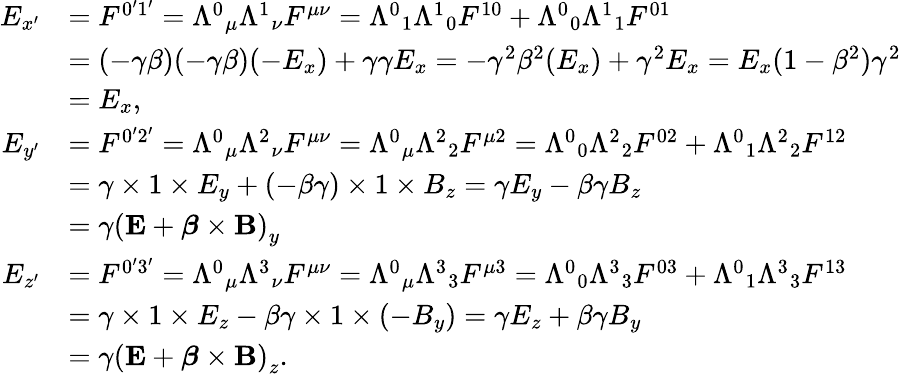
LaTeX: {\begin{array}{rl}{E_{x^{\prime}}}&{=F^{0^{\prime}1^{\prime}}={\Lambda^{0}}_{\mu}{\Lambda^{1}}_{\nu}F^{\mu\nu}={\Lambda^{0}}_{1}{\Lambda^{1}}_{0}F^{10}+{\Lambda^{0}}_{0}{\Lambda^{1}}_{1}F^{01}}\\ &{=(-\gamma\beta)(-\gamma\beta)(-E_{x})+\gamma\gamma E_{x}=-\gamma^{2}\beta^{2}(E_{x})+\gamma^{2}E_{x}=E_{x}(1-\beta^{2})\gamma^{2}}\\ &{=E_{x},}\\ {E_{y^{\prime}}}&{=F^{0^{\prime}2^{\prime}}={\Lambda^{0}}_{\mu}{\Lambda^{2}}_{\nu}F^{\mu\nu}={\Lambda^{0}}_{\mu}{\Lambda^{2}}_{2}F^{\mu 2}={\Lambda^{0}}_{0}{\Lambda^{2}}_{2}F^{02}+{\Lambda^{0}}_{1}{\Lambda^{2}}_{2}F^{12}}\\ &{=\gamma\times 1\times E_{y}+(-\beta\gamma)\times 1\times B_{z}=\gamma E_{y}-\beta\gamma B_{z}}\\ &{=\gamma\left(\mathbf{E}+{\boldsymbol{\beta}}\times\mathbf{B}\right)_{y}}\\ {E_{z^{\prime}}}&{=F^{0^{\prime}3^{\prime}}={\Lambda^{0}}_{\mu}{\Lambda^{3}}_{\nu}F^{\mu\nu}={\Lambda^{0}}_{\mu}{\Lambda^{3}}_{3}F^{\mu 3}={\Lambda^{0}}_{0}{\Lambda^{3}}_{3}F^{03}+{\Lambda^{0}}_{1}{\Lambda^{3}}_{3}F^{13}}\\ &{=\gamma\times 1\times E_{z}-\beta\gamma\times 1\times(-B_{y})=\gamma E_{z}+\beta\gamma B_{y}}\\ &{=\gamma\left(\mathbf{E}+{\boldsymbol{\beta}}\times\mathbf{B}\right)_{z}.}\end{array}}